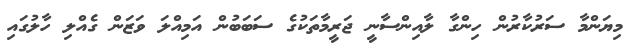
މިޔަންމާ ސަރުކާރުން ހިންގާ ލާއިންސާނީ ޖަރީމާތަކުގެ ސަބަބުން އަމިއްލަ ވަޒަން ގެއްލި ހާލުގައި